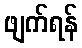
ဖျက်ရန်